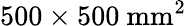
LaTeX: \mathrm{500\times 500~mm^{2}}